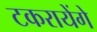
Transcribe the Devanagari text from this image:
टकरायेंगे